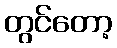
တွင်တော့